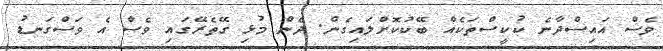
ވެސް އައިސްދާނެ ކުކީސްތަކެއް ބޭކުކޮށްލައިގެން. ދެން މުޅި ގޭތެރޭގައި ވެސް އެ ވަސްގަނޑު